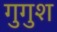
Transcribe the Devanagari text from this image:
गुगुश